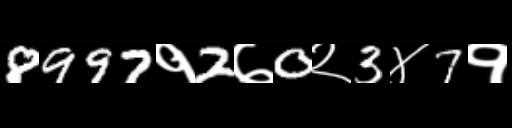
Text: 8997१2७0२3४7१